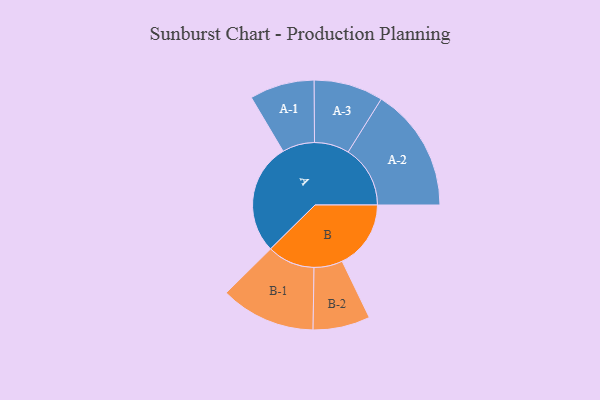
{"axis": {"x": "Segment", "y": "Value"}, "legend": ["", "A", "B"], "data": [{"x": "A", "y": 468, "type": ""}, {"x": "B", "y": 289, "type": ""}, {"x": "A-1", "y": 136, "type": "A"}, {"x": "A-2", "y": 261, "type": "A"}, {"x": "A-3", "y": 146, "type": "A"}, {"x": "B-1", "y": 200, "type": "B"}, {"x": "B-2", "y": 120, "type": "B"}]}